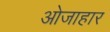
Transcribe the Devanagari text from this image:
ओजाहार